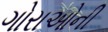
ગોરાઓની